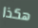
هكذا